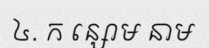
៤. ក ន្សោម នាម